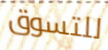
للتسوق